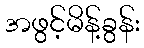
အဖွင့်မိန့်ခွန်း